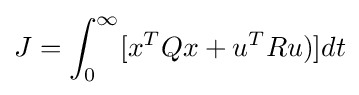
J=\int _{0}^{\infty }[x^{T}Qx+u^{T}Ru)]dt